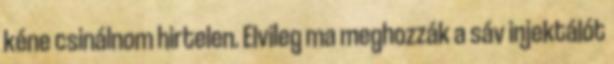
kéne csinálnom hirtelen. Elvileg ma meghozzák a sáv injektálót